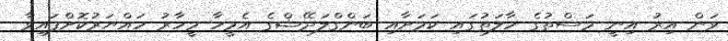
ވަން އިރު އިނީ މަސްތުގެ ހާލަތުގައި ކަމަށާއި ބަންގްލަދޭޝްގެ އެމީހާ މީހާރު ހައްޔަރުކޮށްފައިވާ